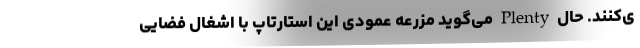
ی‌کنند. حال Plenty می‌گوید مزرعه عمودی این استارتاپ با اشغال فضایی